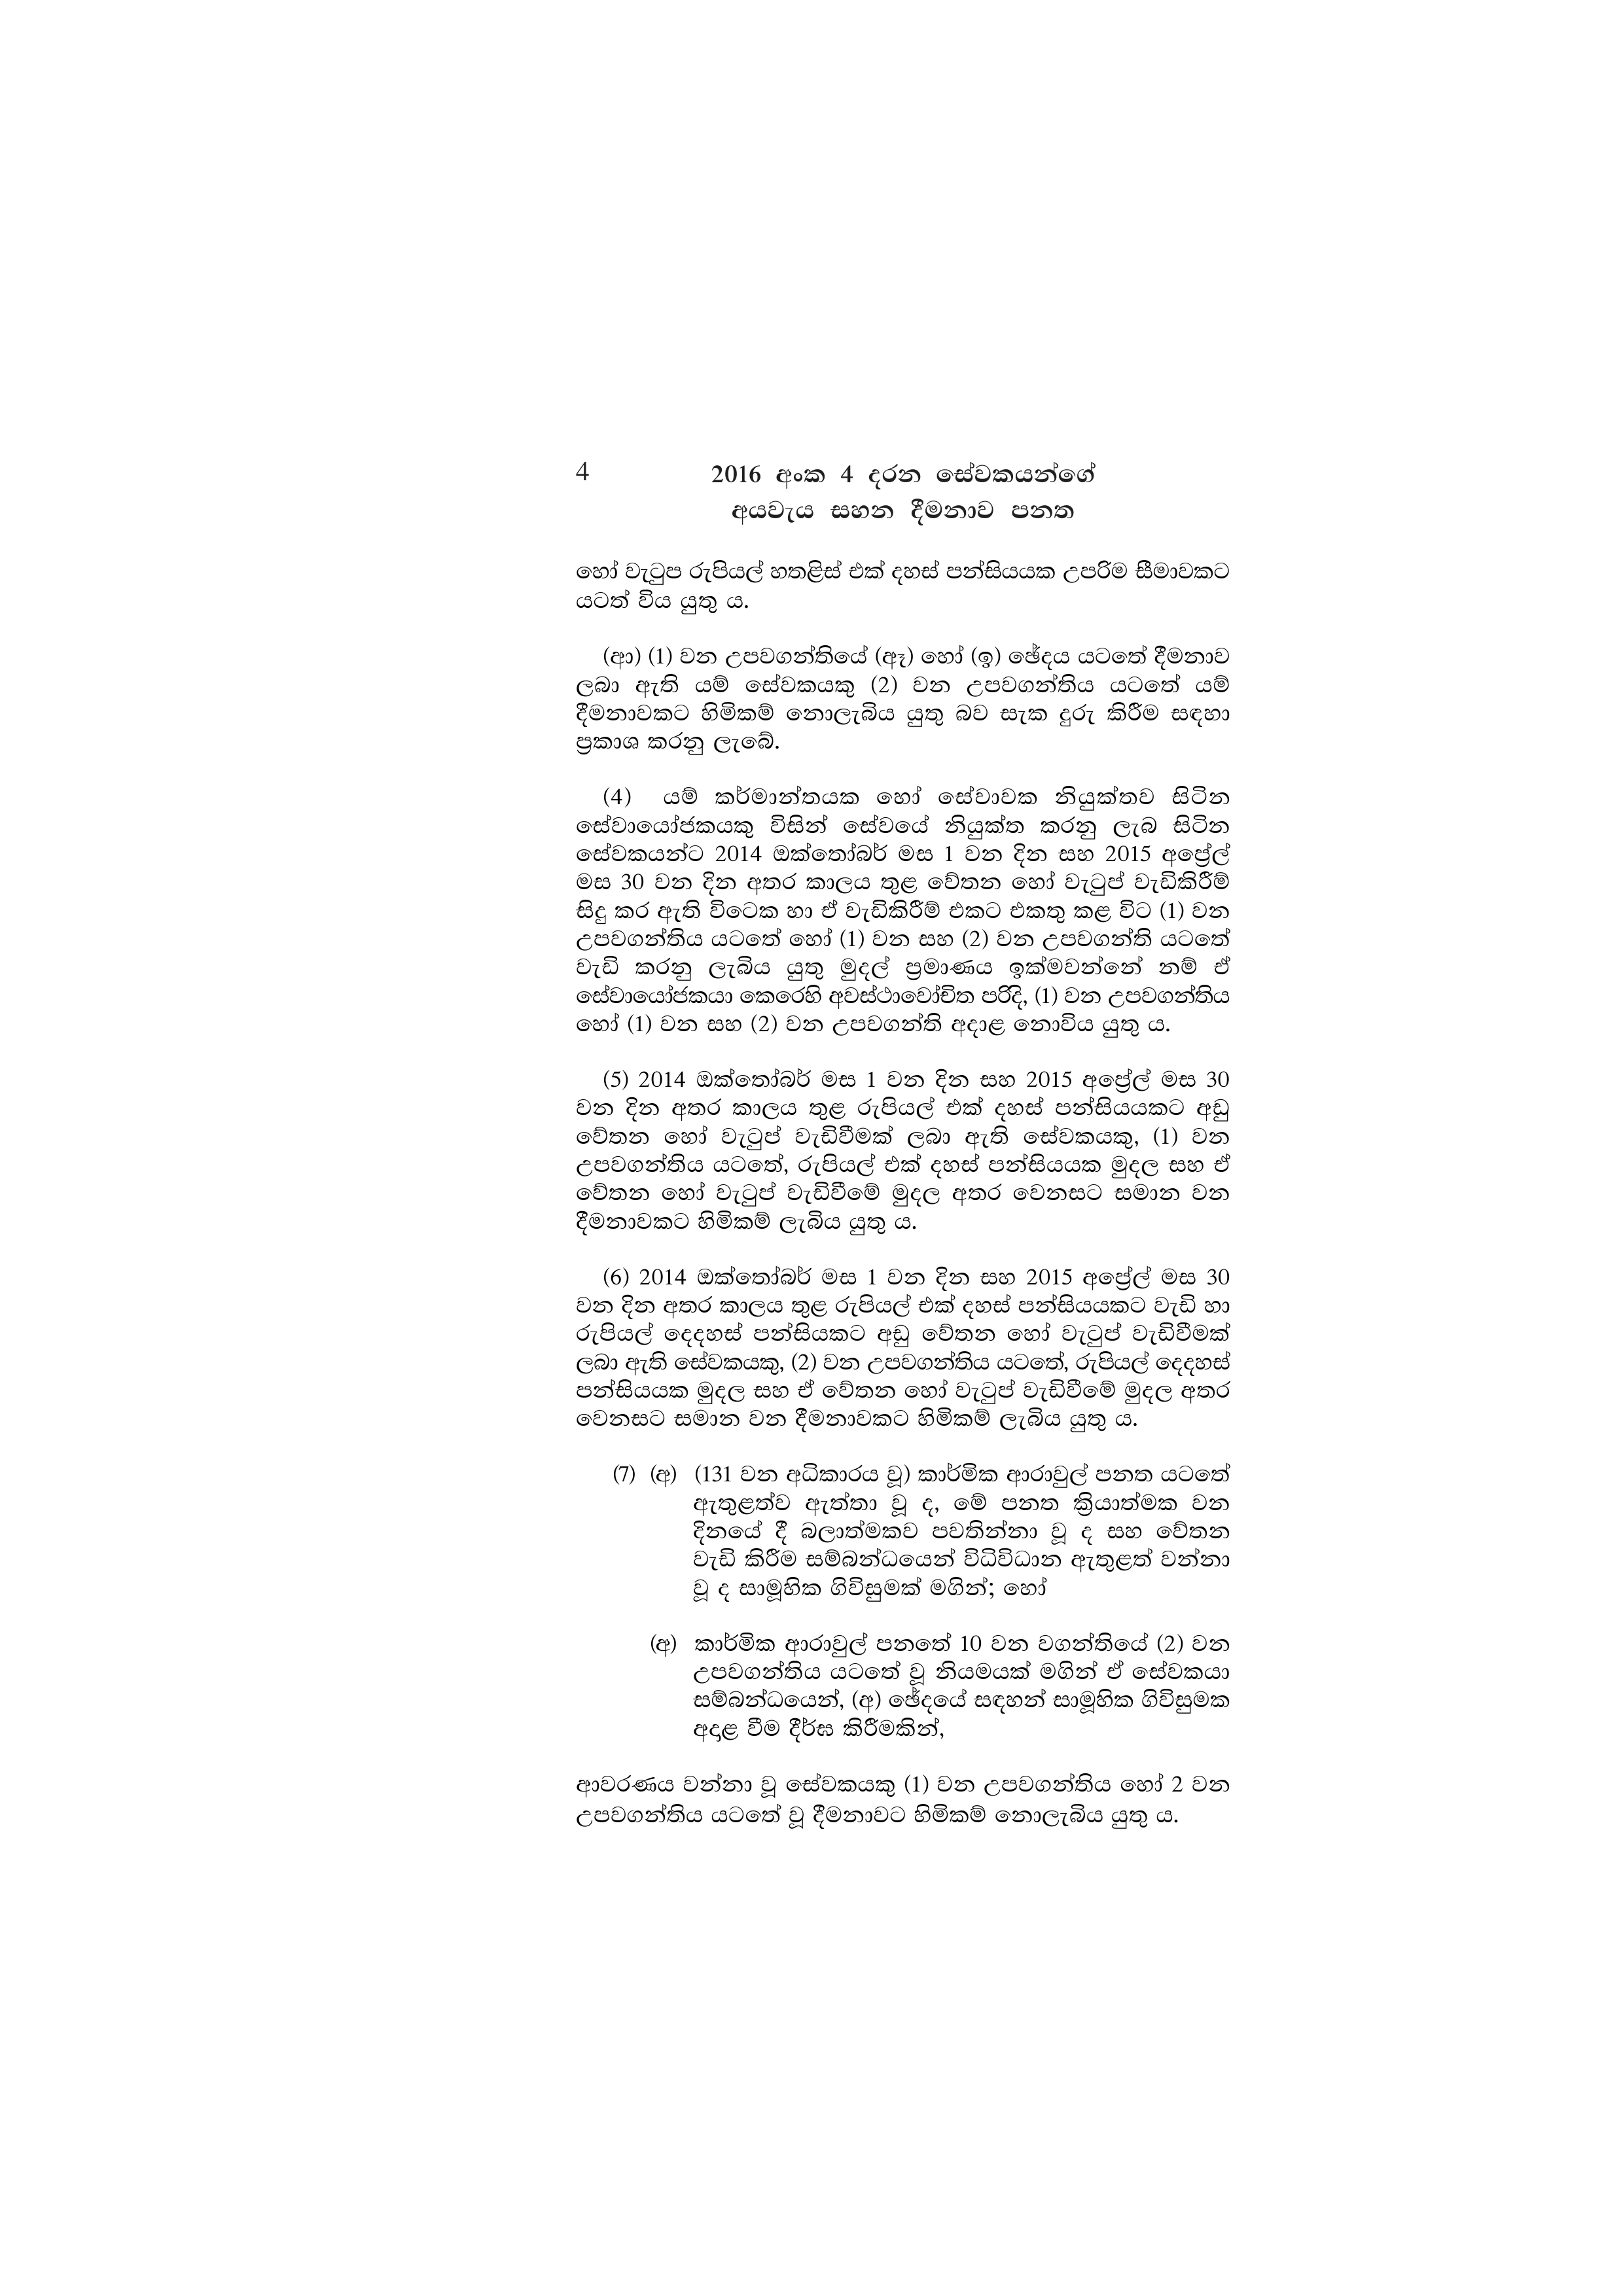
4 2016 අංක 4 දරන සේවකයන්ගේ
අයවැය සහන දීමනාව පනත

හෝ වැටුප රුපියල් හතළිස් එක් දහස් පන්සියයක උපරිම සීමාවකට
යටත් විය යුතු ය.

(ආ) (1) වන උපවගන්තියේ (ඈ) හෝ (ඉ) ඡේදය යටතේ දීමනාව
ලබා ඇති යම් සේවකයකු (2) වන උපවගන්තිය යටතේ යම්
දීමනාවකට හිමිකම් නොලැබිය යුතු බව සැක දුරු කිරීම සඳහා
ප්‍රකාශ කරනු ලැබේ.

(4) යම් කර්මාන්තයක හෝ සේවාවක නියුක්තව සිටින
සේවායෝජකයකු විසින් සේවයේ නියුක්ත කරනු ලැබ සිටින
සේවකයන්ට 2014 ඔක්තෝබර් මස 1 වන දින සහ 2015 අප්‍රේල්
මස 30 වන දින අතර කාලය තුළ වේතන හෝ වැටුප් වැඩිකිරීම්
සිදු කර ඇති විටෙක හා ඒ වැඩිකිරීම් එකට එකතු කළ විට (1) වන
උපවගන්තිය යටතේ හෝ (1) වන සහ (2) වන උපවගන්ති යටතේ
වැඩි කරනු ලැබිය යුතු මුදල් ප්‍රමාණය ඉක්මවන්නේ නම් ඒ
සේවායෝජකයා කෙරෙහි අවස්ථාවෝචිත පරිදි, (1) වන උපවගන්තිය
හෝ (1) වන සහ (2) වන උපවගන්ති අදාළ නොවිය යුතු ය.

(5) 2014 ඔක්තෝබර් මස 1 වන දින සහ 2015 අප්‍රේල් මස 30
වන දින අතර කාලය තුළ රුපියල් එක් දහස් පන්සියයකට අඩු
වේතන හෝ වැටුප් වැඩිවීමක් ලබා ඇති සේවකයකු, (1) වන
උපවගන්තිය යටතේ, රුපියල් එක් දහස් පන්සියයක මුදල සහ ඒ
වේතන හෝ වැටුප් වැඩිවීමේ මුදල අතර වෙනසට සමාන වන
දීමනාවකට හිමිකම් ලැබිය යුතු ය.

(6) 2014 ඔක්තෝබර් මස 1 වන දින සහ 2015 අප්‍රේල් මස 30
වන දින අතර කාලය තුළ රුපියල් එක් දහස් පන්සියයකට වැඩි හා
රුපියල් දෙදහස් පන්සියකට අඩු වේතන හෝ වැටුප් වැඩිවීමක්
ලබා ඇති සේවකයකු, (2) වන උපවගන්තිය යටතේ, රුපියල් දෙදහස්
පන්සියයක මුදල සහ ඒ වේතන හෝ වැටුප් වැඩිවීමේ මුදල අතර
වෙනසට සමාන වන දීමනාවකට හිමිකම් ලැබිය යුතු ය.

(7) (අ) (131 වන අධිකාරය වූ) කාර්මික ආරාවුල් පනත යටතේ
ඇතුළත්ව ඇත්තා වූ ද, මේ පනත ක්‍රියාත්මක වන
දිනයේ දී බලාත්මකව පවතින්නා වූ ද සහ චේතන
වැඩි කිරීම සම්බන්ධයෙන් විධිවිධාන ඇතුළත් වන්නා
වූ ද සාමූහික ගිවිසුමක් මගින්; හෝ

(අ) කාර්මික ආරාවුල් පනතේ 10 වන වගන්තියේ (2) වන
උපවගන්තිය යටතේ වූ නියමයක් මගින් ඒ සේවකයා
සම්බන්ධයෙන්, (අ) ඡේදයේ සඳහන් සාමූහික ගිවිසුමක
අදාළ වීම දීර්ඝ කිරීමකින්,

ආවරණය වන්නා වූ සේවකයකු (1) වන උපවගන්තිය හෝ 2 වන
උපවගන්තිය යටතේ වූ දීමනාවට හිමිකම් නොලැබිය යුතු ය.